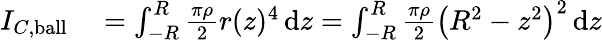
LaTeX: \begin{array}{rl}{I_{C,{\mathrm{ball}}}}&{{}=\int_{-R}^{R}{\frac{\pi\rho}{2}}r(z)^{4}\, \mathrm{d}z=\int_{-R}^{R}{\frac{\pi\rho}{2}}\left(R^{2}-z^{2}\right)^{2}\, \mathrm{d}z}\end{array}